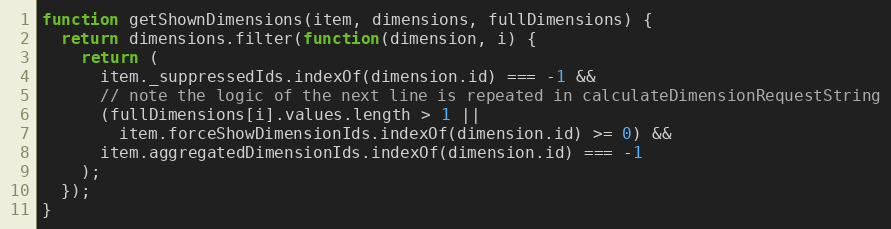
Language: JavaScript
function getShownDimensions(item, dimensions, fullDimensions) {
  return dimensions.filter(function(dimension, i) {
    return (
      item._suppressedIds.indexOf(dimension.id) === -1 &&
      // note the logic of the next line is repeated in calculateDimensionRequestString
      (fullDimensions[i].values.length > 1 ||
        item.forceShowDimensionIds.indexOf(dimension.id) >= 0) &&
      item.aggregatedDimensionIds.indexOf(dimension.id) === -1
    );
  });
}